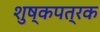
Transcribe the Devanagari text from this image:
शुष्कपत्रक